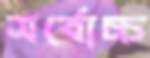
সর্বোচ্চ